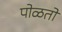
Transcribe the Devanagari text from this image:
पोळतो